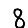
Digit: 8